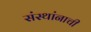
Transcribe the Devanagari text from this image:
संस्थांनाची